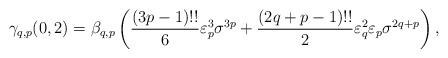
LaTeX: \begin{align*}\gamma_{q,p}(0,2)=\beta_{q,p}\left(\frac{(3p-1)!!}{6} \varepsilon_{p}^{3}\sigma^{3p}+\frac{(2q+p-1)!!}{2}\varepsilon_{q}^{2} \varepsilon_{p} \sigma^{2q+p}\right),\end{align*}